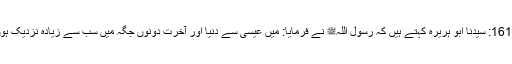
1618: سیدنا ابو ہریرہؓ کہتے ہیں کہ رسول اللہﷺ نے فرمایا: میں عیسیٰؑ سے دنیا اور آخرت دونوں جگہ میں سب سے زیادہ نزدیک ہوں۔